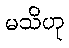
မသိဟု